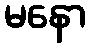
မနော